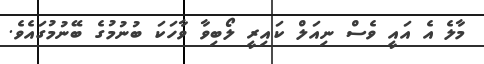
މާލެ އެ އައީ ވެސް ނިއަލް ކައިރީ ލޯބިވާ ވާހަކަ ބުނުމުގެ ބޭނުމުގައެވެ.